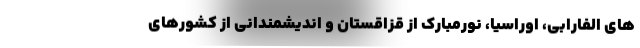
های الفارابی، اوراسیا، نورمبارک از قزاقستان و اندیشمندانی از کشورهای